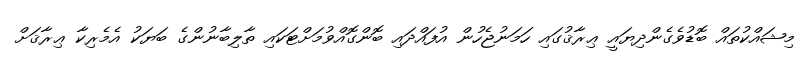
މިޝައްކުތައް ބޮޑުވެގެންދިޔައީ ޢިރާޤުގައި ހަމަނުޖެހުން އުފައްދައި ބޮންގޮއްވުމަށްޓަކައި ތާލިބާނުންގެ ބަޔަކު އެމެރިކާ ޢިރާޤަށް